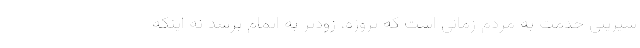
شیرینی خدمت به مردم زمانی است که پروژه، زودتر به اتمام برسد نه اینکه